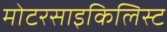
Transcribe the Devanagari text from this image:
मोटरसाइकिलिस्ट